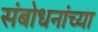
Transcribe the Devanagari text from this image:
संबोधनांच्या